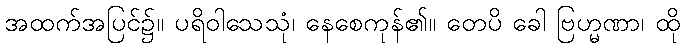
အထက်အပြင်၌။ ပရိဝါသေသုံ၊ နေစေကုန်၏။ တေပိ ခေါ ဗြဟ္မဏာ၊ ထို